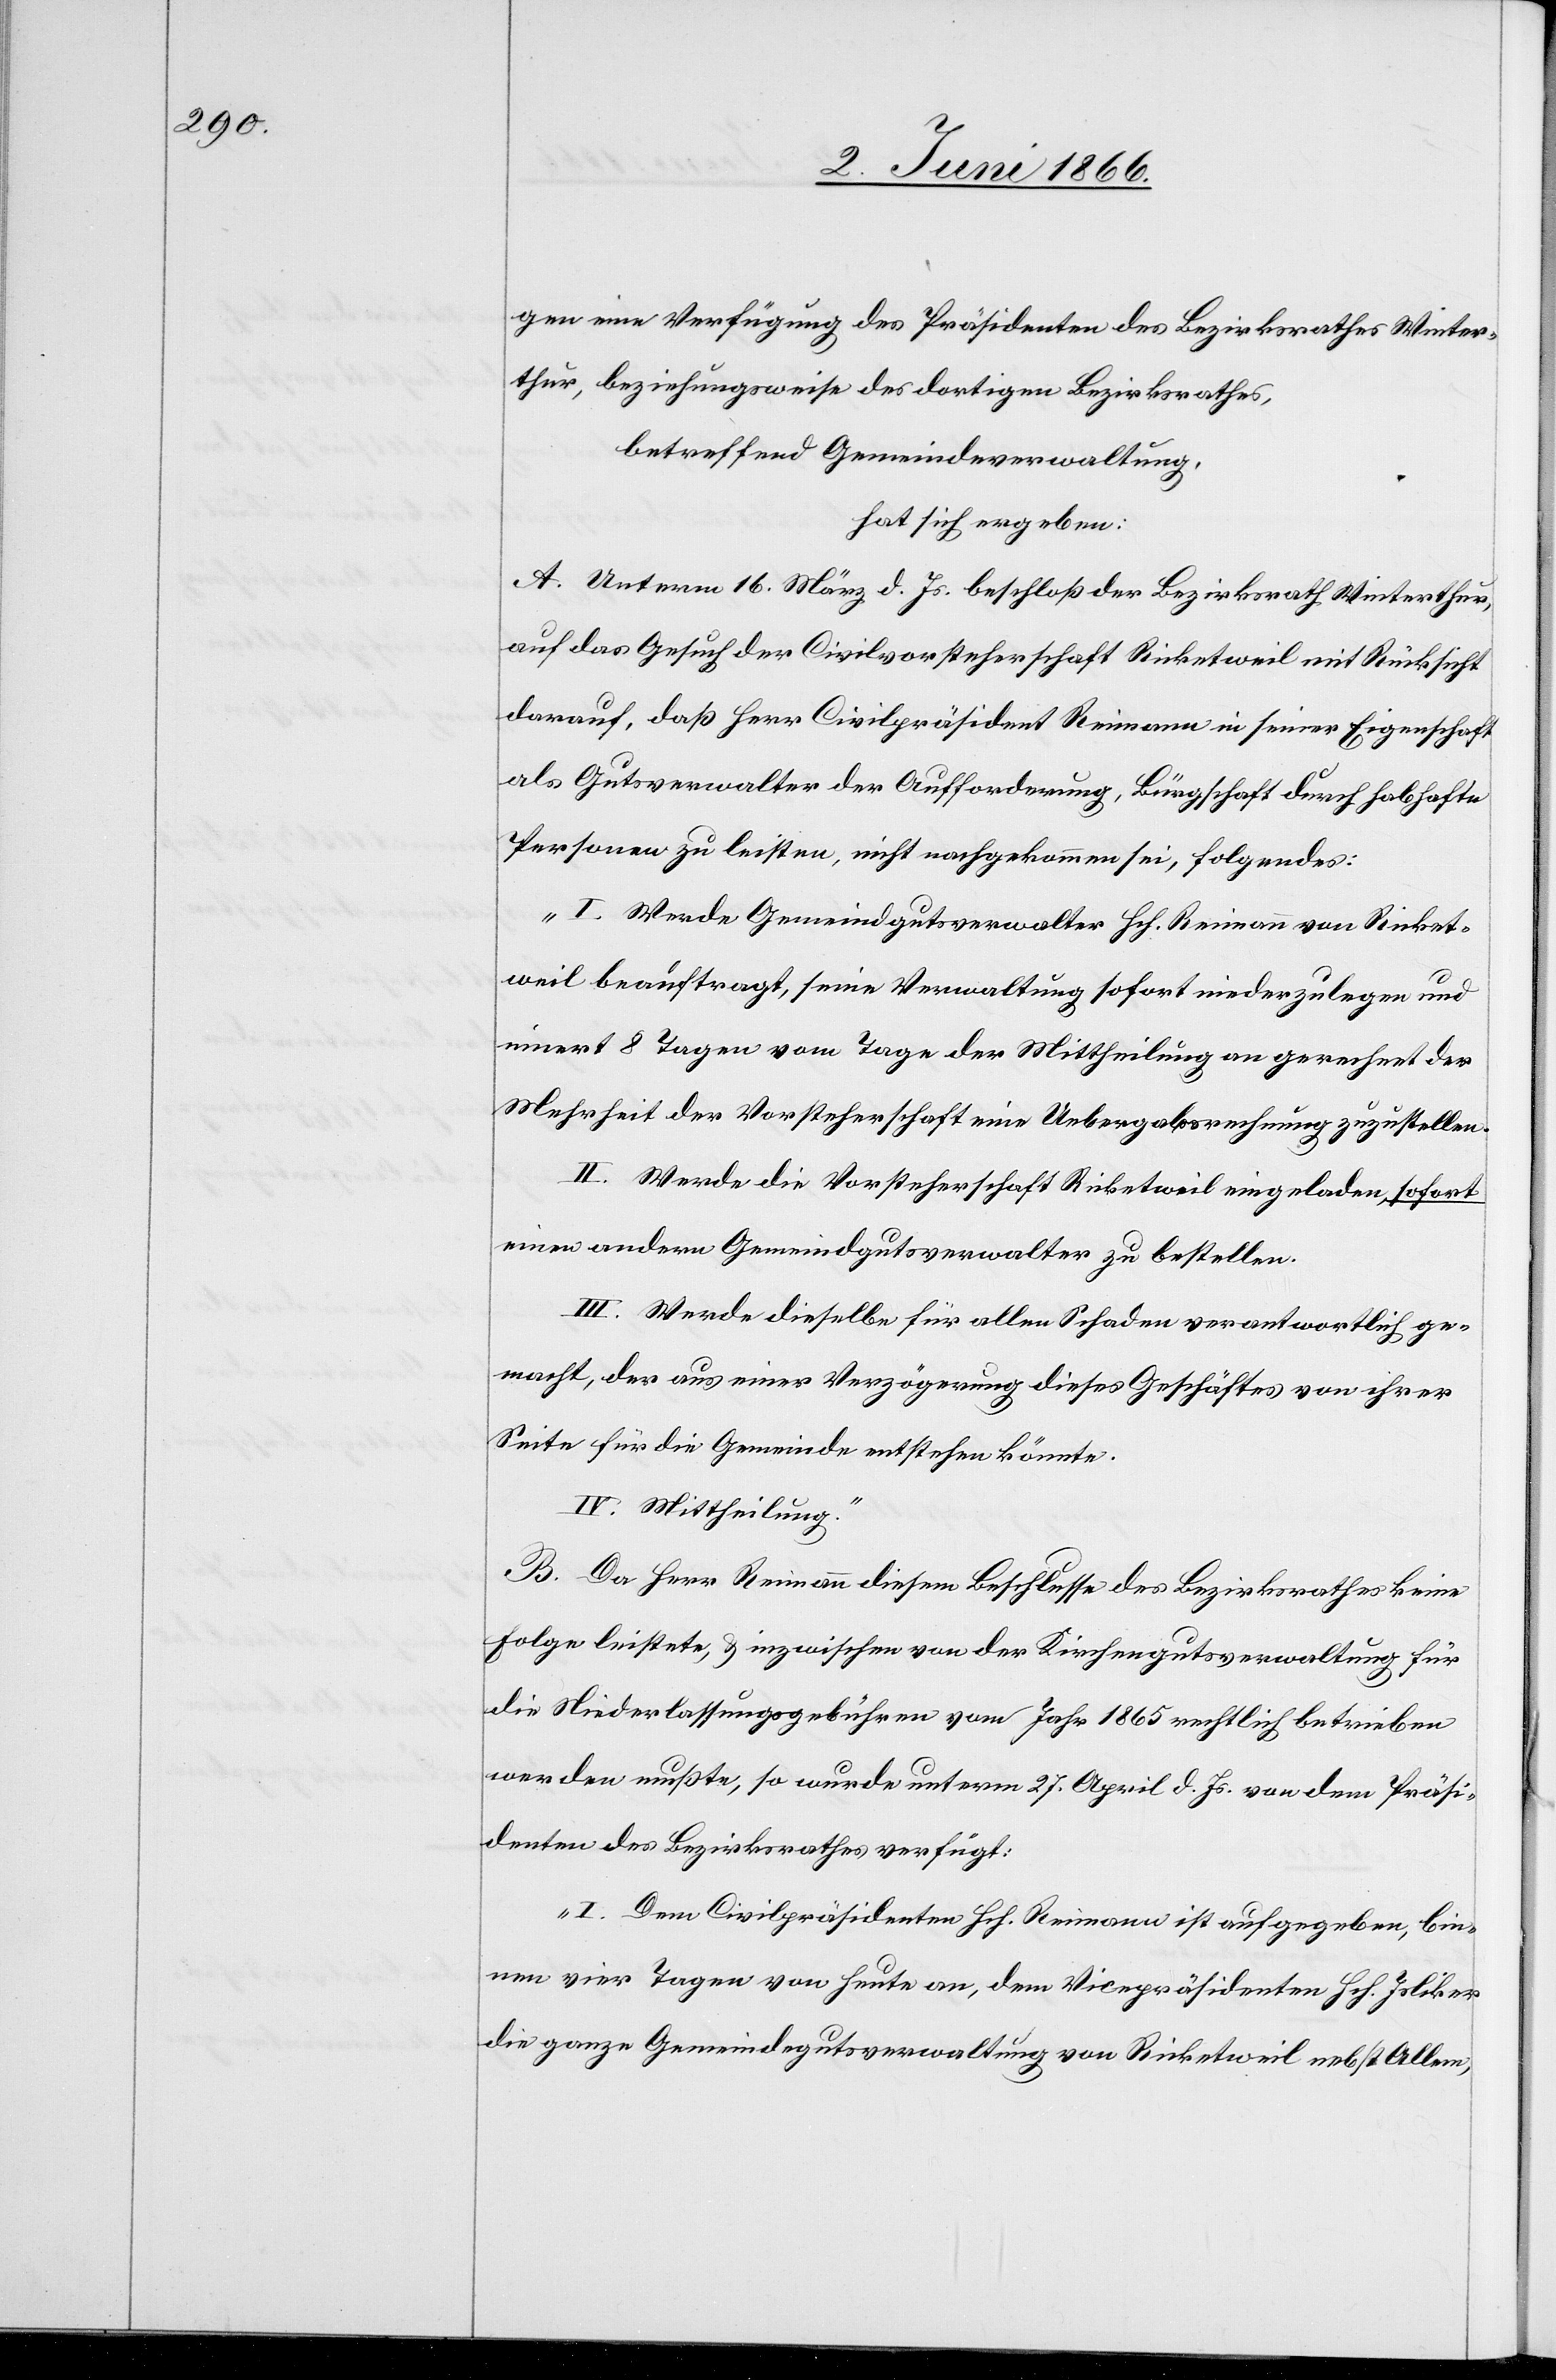
gen eine Verfügung des Präsidenten des Bezirksrathes Winter¬
thur, beziehungsweise des dortigen Bezirksrathes,
betreffend Gemeindeverwaltung,
hat sich ergeben:
A. Unterm 16. März d. Js. beschloß der Bezirksrath Winterthur,
auf das Gesuch der Civilvorsteherschaft Ricketweil mit Rücksicht
darauf, daß Herr Civilpräsident Reimann in seiner Eigenschaft
als Gutsverwalter der Aufforderung, Bürgschaft durch habhafte
Personen zu leisten, nicht nachgekommen sei, folgendes:
„I. Werde Gemeindgutsverwalter Hch. Reimann von Ricket¬
weil beauftragt, seine Verwaltung sofort niederzulegen und
innert 8 Tagen vom Tage der Mittheilung an gerechnet der
Mehrheit der Vorsteherschaft eine Uebergabsrechnung zuzustellen.
II. Werde die Vorsteherschaft Ricketweil eingeladen, sofort
einen andern Gemeindgutverwalter zu bestellen.
III. Werde dieselbe für allen Schaden verantwortlich ge¬
macht, der aus einer Verzögerung dieses Geschäftes von ihrer
Seite für die Gemeinde entstehen könnte.
IV. Mittheilung.“
B. Da Herr Reimann diesem Beschlusse des Bezirksrathes keine
Folge leistete, u. inzwischen von der Kirchengutsverwaltung für
die Niederlassungsgebühren vom Jahr 1865 rechtlich betrieben
werden mußte, so wurde unterm 27. April d. Js. von dem Präsi¬
denten des Bezirksrathes verfügt:
„I. Dem Civilpräsidenten Hch. Reimann ist aufgegeben, bin¬
nen vier Tagen von heute an, dem Vicepräsidenten Hch. Isliker
die ganze Gemeindegutsverwaltung von Ricketweil nebst Allem,